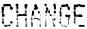
CHANGE